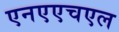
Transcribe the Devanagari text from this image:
एनएएचएल